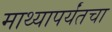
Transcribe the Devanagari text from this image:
माथ्यापर्यंतचा